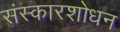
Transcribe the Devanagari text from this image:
संस्कारशोधन